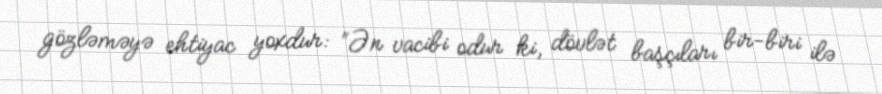
gözləməyə ehtiyac yoxdur: “Ən vacibi odur ki, dövlət başçıları bir-biri ilə